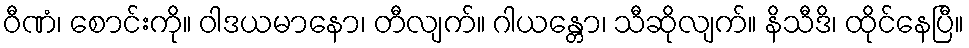
ဝီဏံ၊ စောင်းကို။ ဝါဒယမာနော၊ တီလျက်။ ဂါယန္တော၊ သီဆိုလျက်။ နိသီဒိ၊ ထိုင်နေပြီ။